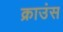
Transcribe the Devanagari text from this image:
क्राउंस